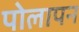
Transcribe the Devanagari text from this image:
पोलापन